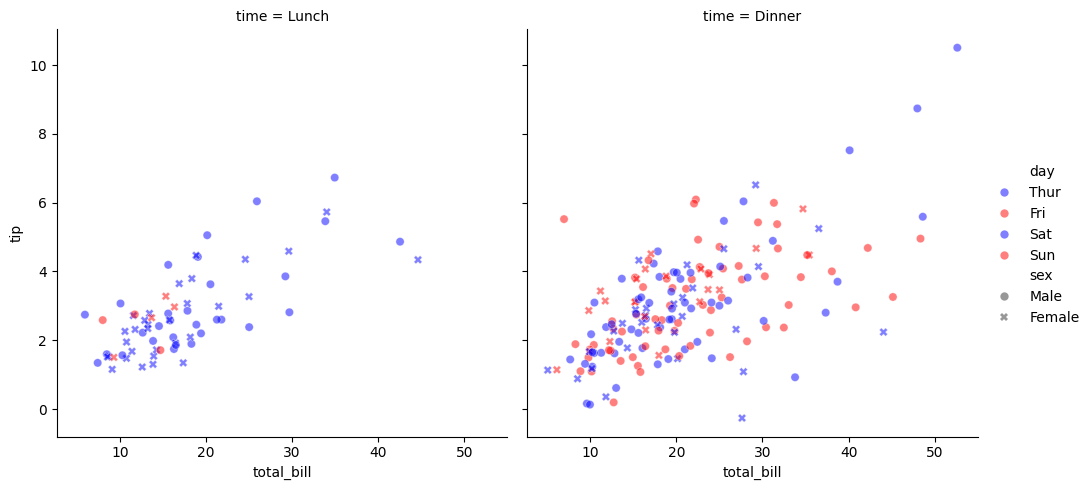
python, seaborn, relplot, alpha=0.5